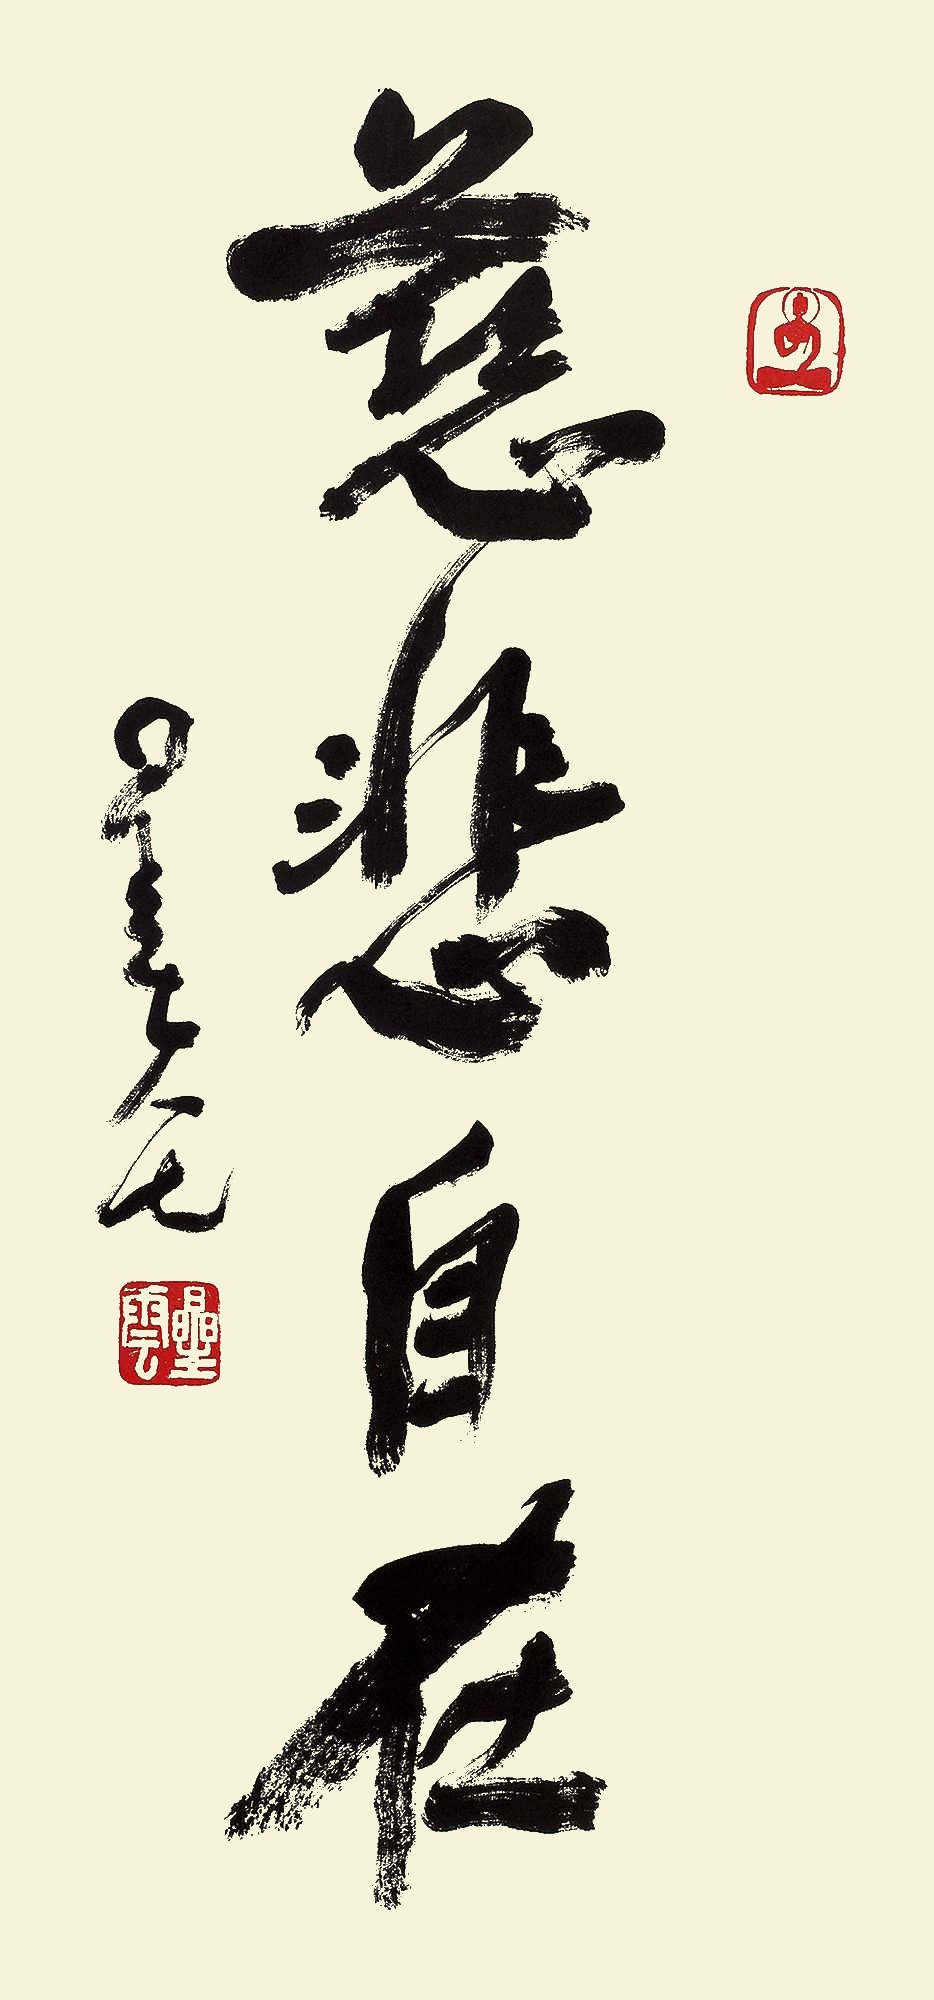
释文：慈悲自在。星云八七。